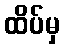
ထိပ်မှ